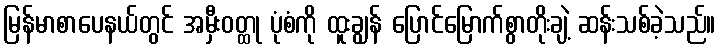
မြန်မာစာပေနယ်တွင် အမှီးဝတ္ထု ပုံစံကို ထူးချွန် ပြောင်မြောက်စွာတိုးချဲ့ ဆန်းသစ်ခဲ့သည်။